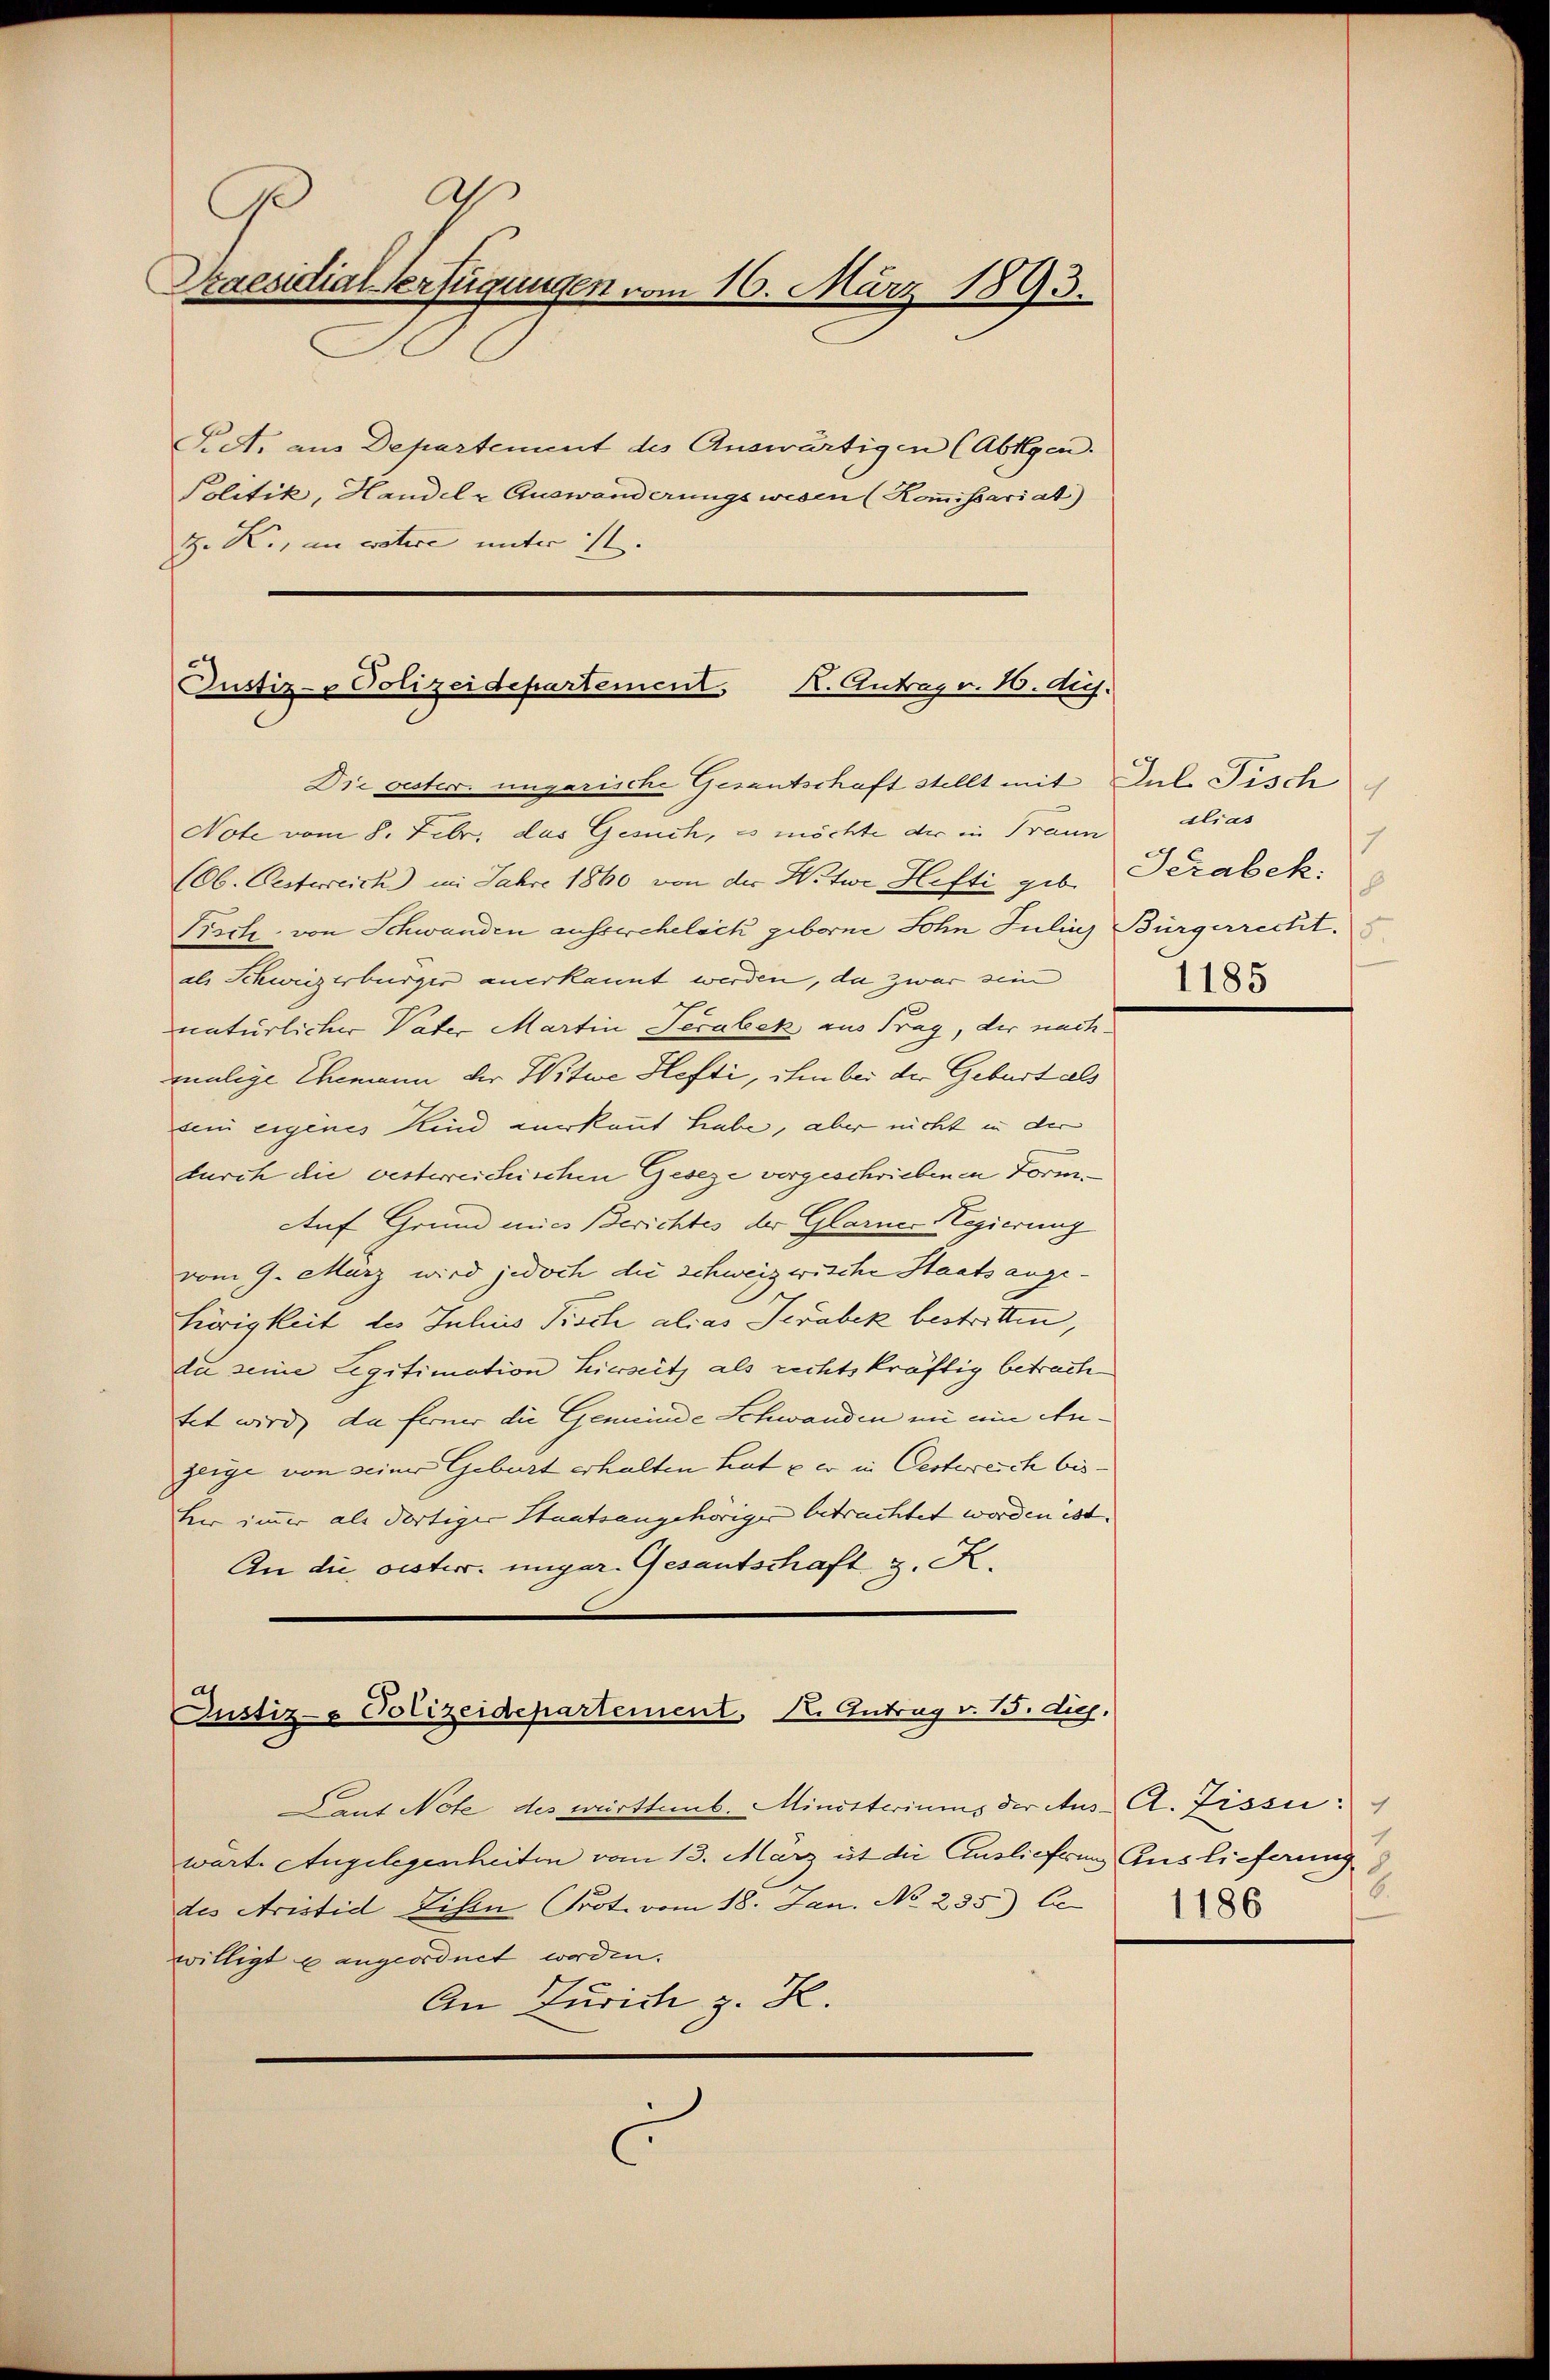
A
Praesidial-Verfügungen vom 16. März 1893.

Fidt. aus Departement des Auswärtigen (Abtlgen.
Politik, Handel & Auswanderungswesen (Kommissariat)
H. K., an votire unter 11.

Justiz- & Polizeidepartement K. Antrag. 16. ds.
Die vester ungarische Gesantschaft stellt mit Dul Fisch

Justiz- & Polizeidepartement, K. Antrag v. 15. dig.

Laut Note des württemb. Ministeriums der Aus A. Fissi
wärte Angelegenheiten vom 13. März ist die Auslieferung Auslieferung
des Aristid Eisen Prot. vom 18. Jan. No 235.) be
willigt u angeordnet worden.
An Zürich z. K.
C

Note vom 8. Febr. das Gesuch, es möchte der in Traun
(Ob. Oesterreich im Jahre 1860 von der Witwe Hefti geb. Terabek
Pisch, von Schwanden ausserehelich geborne Sohn Julins Bürgerrecht.
als Schweizerbürger anerkannt werden, da zwar sein
natürlicher Vater Martin Serabek aus Trag, der nachmalige Ehemann der Witwe Hefti, ihm bei der Geburt als
sein eigenes Kind anerkannt habe, aber nicht in der
durch die besterreichischen Geseze vorgeschriebenen Form¬
Auf Grund mies Berichtes der Glarne-Regierung
vom 9. März wird jedoch die schweizwische Staats angehürigkeit des Julius Pisch alias Terabek bestritten,
du seine Legitimation hierseit als rechtskräftig betrach
tet wird, da ferner die Gemeinde Schwanden in ein An-
zeige von seiner Geburt erhalten hat & er in Oesterreich bister immer als dortiger Staatsangehöriger betrachtet worden ist. |
An die oesterr. ungar. Gesantschaft z. K.

c
dlias
7
p
1185

2.
1186